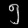
Digit: ၅